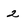
Character: 2